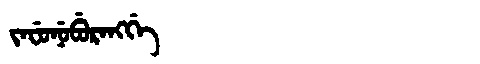
Manchu: ᠵᠠᠸᡠᠨᡠᠪᡠᡵᠠᠩᡤᡝ
Romanization: JAFUNUBURANGGE